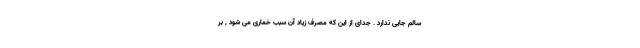
سالم جایی ندارد . جدای از این که مصرف زیاد آن سبب خماری می شود , بر